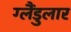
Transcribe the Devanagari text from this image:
ग्लैंडुलार